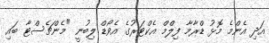
އަދި އެންމެ މޮޅު ޑްރާމާ ފިލްމް އެކްޓަރުގެ އެވޯޑް ލިބުނީ "މެންޗެސްޓާ ބައި